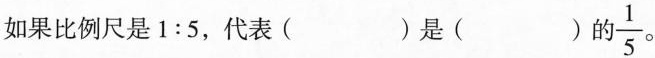
如果比例尺是1:5，代表( )是()的\frac{1}{5}。